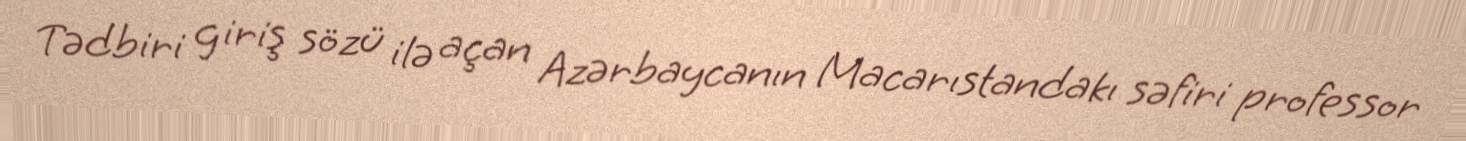
Tədbiri giriş sözü ilə açan Azərbaycanın Macarıstandakı səfiri professor